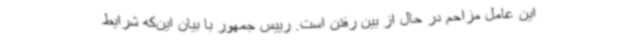
این عامل مزاحم در حال از بین رفتن است. رییس جمهور با بیان این‌که شرایط